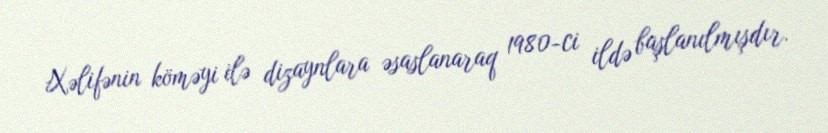
Xəlifənin köməyi ilə dizaynlara əsaslanaraq 1980-ci ildə başlanılmışdır.